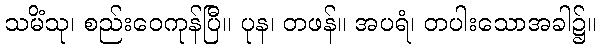
သမိံသု၊ စည်းဝေကုန်ပြီ။ ပုန၊ တဖန်။ အပရံ၊ တပါးသောအခါ၌။